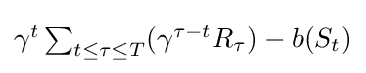
{\textstyle \gamma ^{t}\sum _{t\leq \tau \leq T}(\gamma ^{\tau -t}R_{\tau })-b(S_{t})}